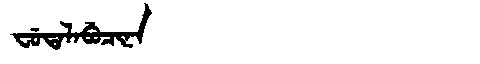
Manchu: ᠸᡠᡨᠠᠯᠠᠪᡠᠴᡳᠨᠠ
Romanization: FUTALABUCINA